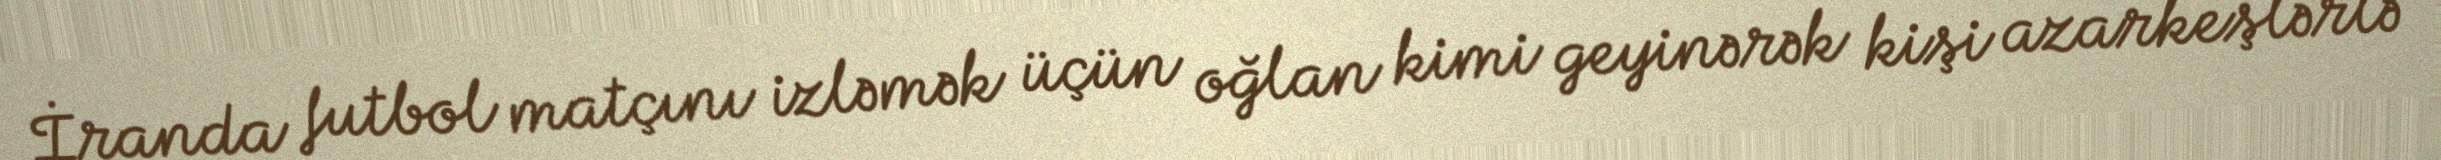
İranda futbol matçını izləmək üçün oğlan kimi geyinərək kişi azarkeşlərlə